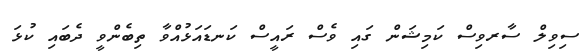
ސިވިލް ސާރވިސް ކަމިޝަން ގައި ވެސް ރައީސް ކަނޑައަޅުއްވާ ތިބެންވީ ދެބައި ކުޅަ